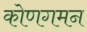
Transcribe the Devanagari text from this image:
कोणगमन